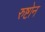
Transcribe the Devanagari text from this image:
रुष्टोन